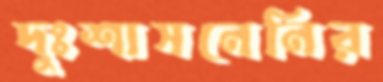
দুঃশাসনেনির